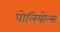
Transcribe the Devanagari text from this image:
पोलियोल्स